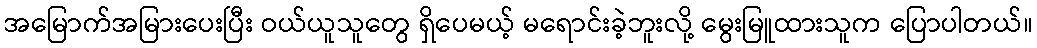
အမြောက်အမြားပေးပြီး ဝယ်ယူသူတွေ ရှိပေမယ့် မရောင်းခဲ့ဘူးလို့ မွေးမြူထားသူက ပြောပါတယ်။